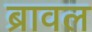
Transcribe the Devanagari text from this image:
ब्रावल